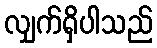
လျှက်ရှိပါသည်